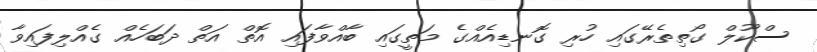
ސްކޫލް ގޯތިތެރޭގައި ހުރި ގޮނޑިއެއްގެ މަތީގައި ބާއްވާފައި އޮތް އަތް ދަބަހެއް ގެއްލިފައިވާ